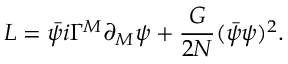
{ \cal L } = \bar { \psi } i \Gamma ^ { M } \partial _ { M } \psi + \frac { G } { 2 N } ( \bar { \psi } \psi ) ^ { 2 } .